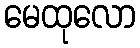
မေထုလော